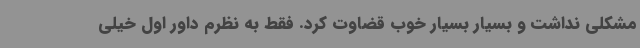
مشکلی نداشت و بسیار بسیار خوب قضاوت کرد. فقط به نظرم داور اول خیلی